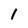
Character: l